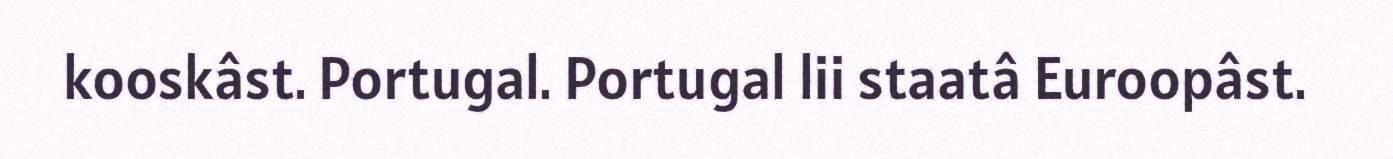
kooskâst. Portugal. Portugal lii staatâ Euroopâst.